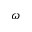
\omega